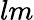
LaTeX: lm